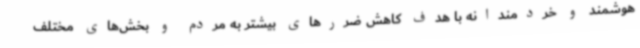
هوشمند و خردمندانه با هدف کاهش ضررهای بیشتر به مردم و بخش‌های مختلف